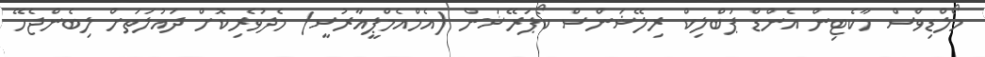
މޯލްޑިވްސް މާކެޓިން އެންޑް ޕަބްލިކް ރިލޭޝަންސް ކޯޕަރޭޝަން (އެމްއެމްޕީއާރުސީ) މެދުވެރިކޮށް ދައުލަތަށް ލިބެންޖެހޭ